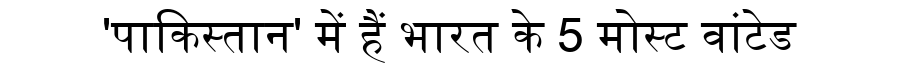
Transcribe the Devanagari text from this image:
'पाकिस्तान' में हैं भारत के 5 मोस्ट वांटेड